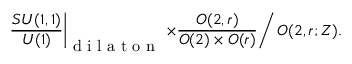
\left. \frac { S U ( 1 , 1 ) } { U ( 1 ) } \right| _ { \makebox { d i l a t o n } } \left. \times \frac { O ( 2 , r ) } { O ( 2 ) \times O ( r ) } \right/ O ( 2 , r ; Z ) .